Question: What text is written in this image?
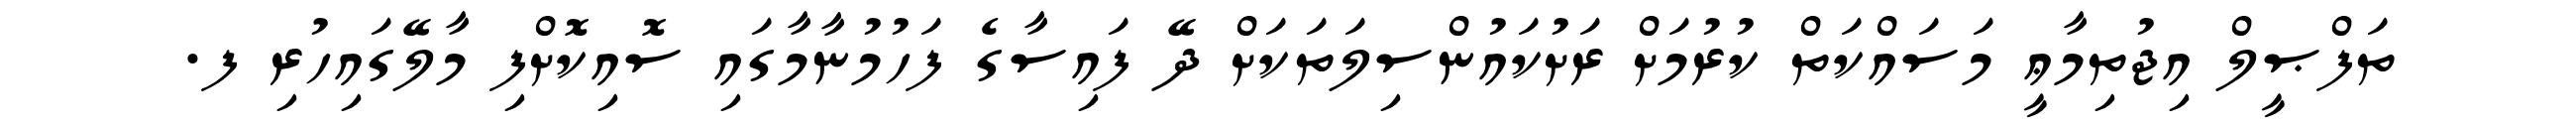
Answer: ތަފްޞީލް އިޖުތިމާޢީ މަސައްކަތް ކުރުމަށް ރަށުކައުންސިލަތަކަށް ދޭ ފައިސާގެ ފަހުމުނާމާގައި ސޮއިކޮށްފި މާލޭގައިހުރި ފ.